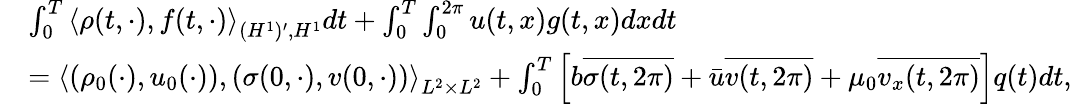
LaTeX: \begin{array}{rl}&{\int_{0}^{T}\left\langle\rho(t,\cdot),f(t,\cdot)\right\rangle_{(H^{1})^{\prime},H^{1}}dt+\int_{0}^{T}\int_{0}^{2\pi}u(t,x)g(t,x)dxdt}\\ &{=\left\langle(\rho_{0}(\cdot),u_{0}(\cdot)),(\sigma(0,\cdot),v(0,\cdot))\right\rangle_{L^{2}\times L^{2}}+\int_{0}^{T}\left[b\overline{{\sigma(t,2\pi)}}+\bar{u}\overline{{v(t,2\pi)}}+\mu_{0}\overline{{v_{x}(t,2\pi)}}\right]q(t)dt,}\end{array}